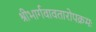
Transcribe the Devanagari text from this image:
श्रीभार्गवावतारोपक्रमः